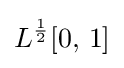
L^{\frac {1}{2}}[0,\,1]